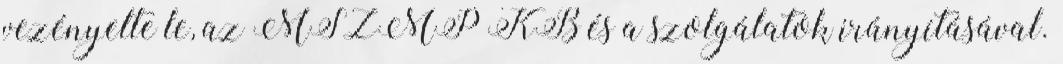
vezényelte le, az MSZMP KB és a szolgálatok irányításával.